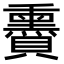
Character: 𧸬